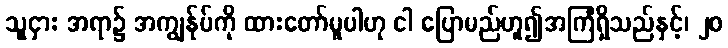
သူငှား အရာ၌ အကျွန်ုပ်ကို ထားတော်မူပါဟု ငါ ပြောမည်ဟူ၍အကြံရှိသည်နှင့်၊ ၂၀